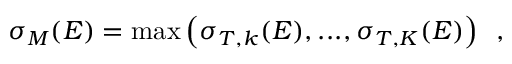
\sigma _ { M } ( E ) = \operatorname* { m a x } \left( \sigma _ { T , k } ( E ) , . . . , \sigma _ { T , K } ( E ) \right) \, \mathrm { ~ , ~ }